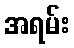
အရမ်း